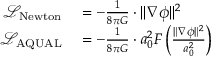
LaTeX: \begin{array} { r l } { { \mathcal { L } } _ { \mathrm { N e w t o n } } } & { { } = - { \frac { 1 } { 8 \pi G } } \cdot \| \nabla \phi \| ^ { 2 } } \\ { { \mathcal { L } } _ { \mathrm { A Q U A L } } } & { { } = - { \frac { 1 } { 8 \pi G } } \cdot a _ { 0 } ^ { 2 } F \left( { \frac { \| \nabla \phi \| ^ { 2 } } { a _ { 0 } ^ { 2 } } } \right) } \end{array}